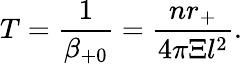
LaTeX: T=\frac 1{\beta_{+0}}=\frac{nr_{+}}{4\pi\Xi l^{2}}.